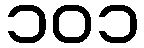
၁၀၁